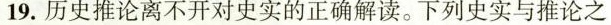
19.历史推论离不开对史实的正确解读。下列史实与推论之